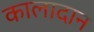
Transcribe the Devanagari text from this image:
कालादान